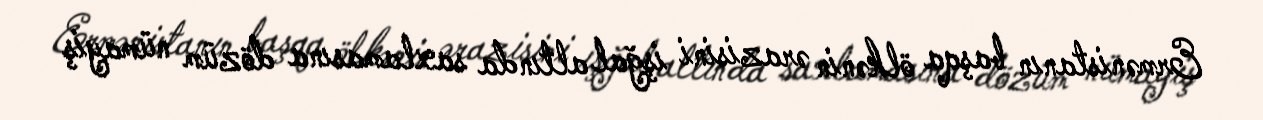
Ermənistanın başqa ölkənin ərazisini işğal altında saxlamasına dözüm nümayiş